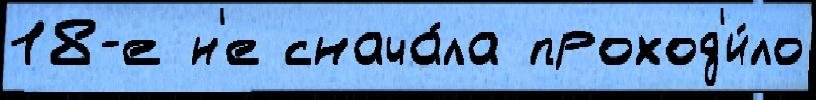
18-е н'е снача́ла проход'и́ло